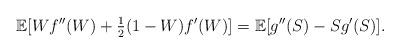
LaTeX: \begin{align*} \mathbb{E}[ W f''(W) + \tfrac{1}{2} (1 - W)f'(W)] = \mathbb{E} [g''(S) - S g'(S)].\end{align*}